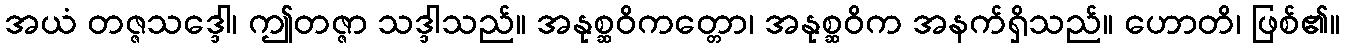
အယံ တဇ္ဇသဒ္ဒေါ၊ ဤတဇ္ဇာ သဒ္ဒါသည်။ အနုစ္ဆဝိကတ္တော၊ အနုစ္ဆဝိက အနက်ရှိသည်။ ဟောတိ၊ ဖြစ်၏။